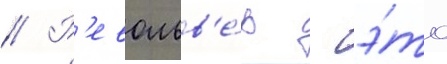
// Р'евольв'е́р - э́то